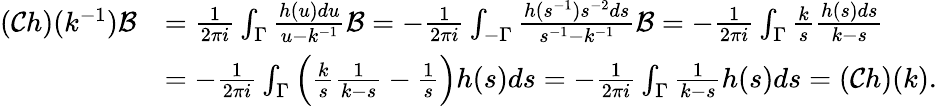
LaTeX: \begin{array}{rl}{(\mathcal{C}h)(k^{-1})\mathcal{B}}&{=\frac{1}{2\pi i}\int_{\Gamma}\frac{h(u)du}{u-k^{-1}}\mathcal{B}=-\frac{1}{2\pi i}\int_{-\Gamma}\frac{h(s^{-1})s^{-2}ds}{s^{-1}-k^{-1}}\mathcal{B}=-\frac{1}{2\pi i}\int_{\Gamma}\frac{k}{s}\frac{h(s)ds}{k-s}}\\ &{=-\frac{1}{2\pi i}\int_{\Gamma}\Big(\frac{k}{s}\frac{1}{k-s}-\frac{1}{s}\Big)h(s)ds=-\frac{1}{2\pi i}\int_{\Gamma}\frac{1}{k-s}h(s)ds=(\mathcal{C}h)(k).}\end{array}